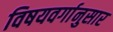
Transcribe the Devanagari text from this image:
विषयवर्गानुसार